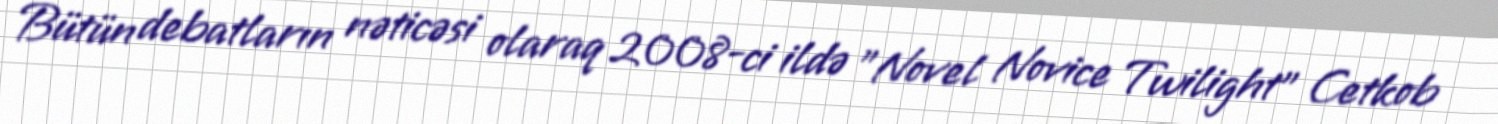
Bütün debatların nəticəsi olaraq 2008-ci ildə "Novel Novice Twilight" Cetkob